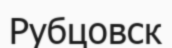
Рубцовск